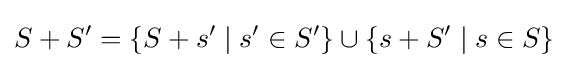
S+S'=\{S+s'\mid s'\in S'\}\cup \{s+S'\mid s\in S\}